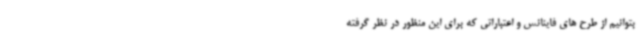
بتوانیم از طرح های فاینانس و اعتباراتی که برای این منظور در نظر گرفته